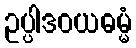
ဥပ္ပါဒဝယဓမ္မံ